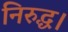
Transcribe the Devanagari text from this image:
निरुद्ध।